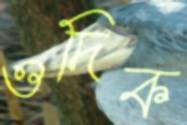
ওদিক